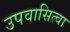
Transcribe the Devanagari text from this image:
उपवासित्वा